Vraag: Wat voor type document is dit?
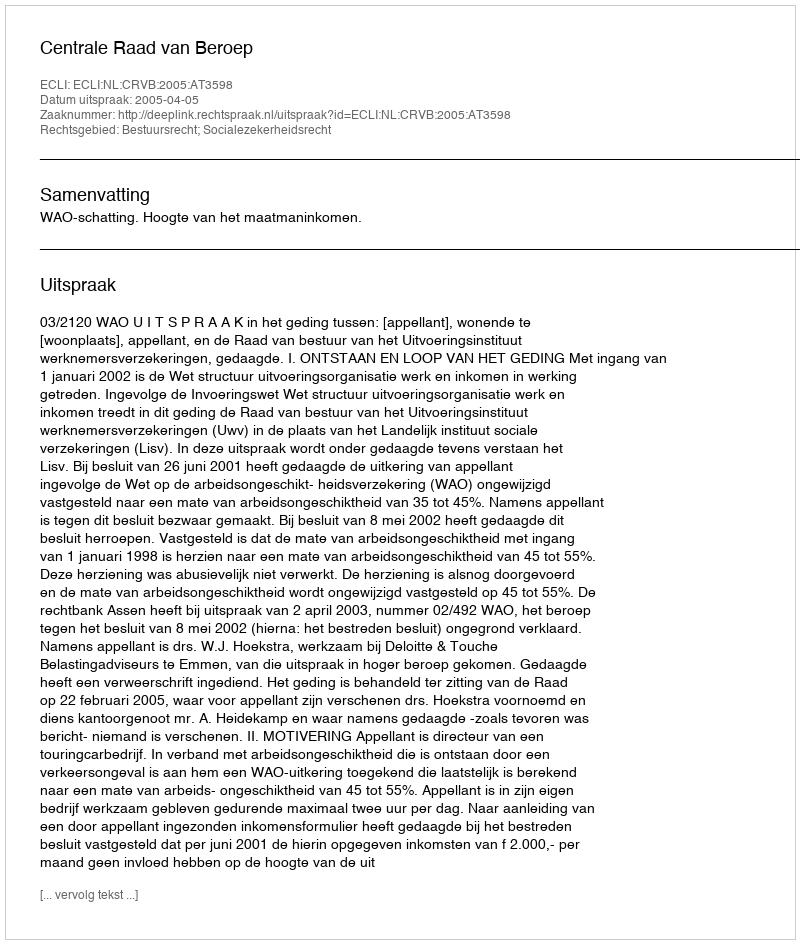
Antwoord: Uitspraak